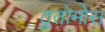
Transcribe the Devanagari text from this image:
ठुतोमोस